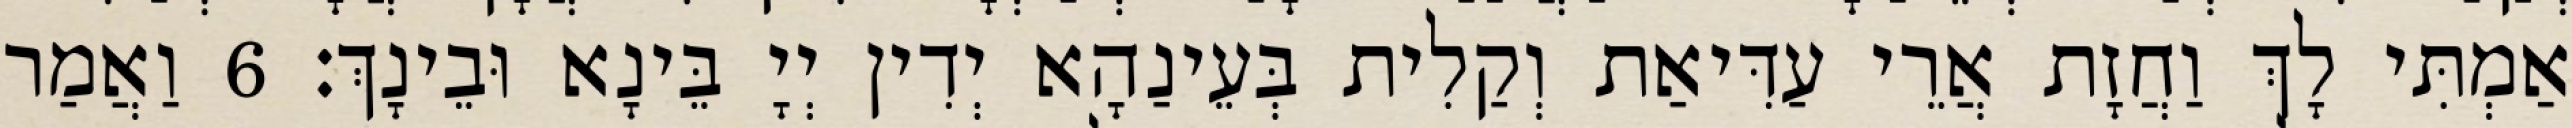
אַמְתִּי לָךְ וַחֲזָת אֲרֵי עַדִּיאַת וְקַלִית בְּעֵינַהָא יְדִין יְיָ בֵּינָא וּבֵינָךְ׃ 6 וַאֲמַר